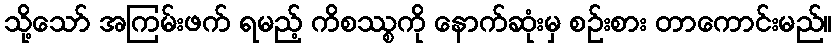
သို့သော် အကြမ်းဖက် ရမည့် ကိစဿ္စကို နောက်ဆုံးမှ စဉ်းစား တာကောင်းမည်။